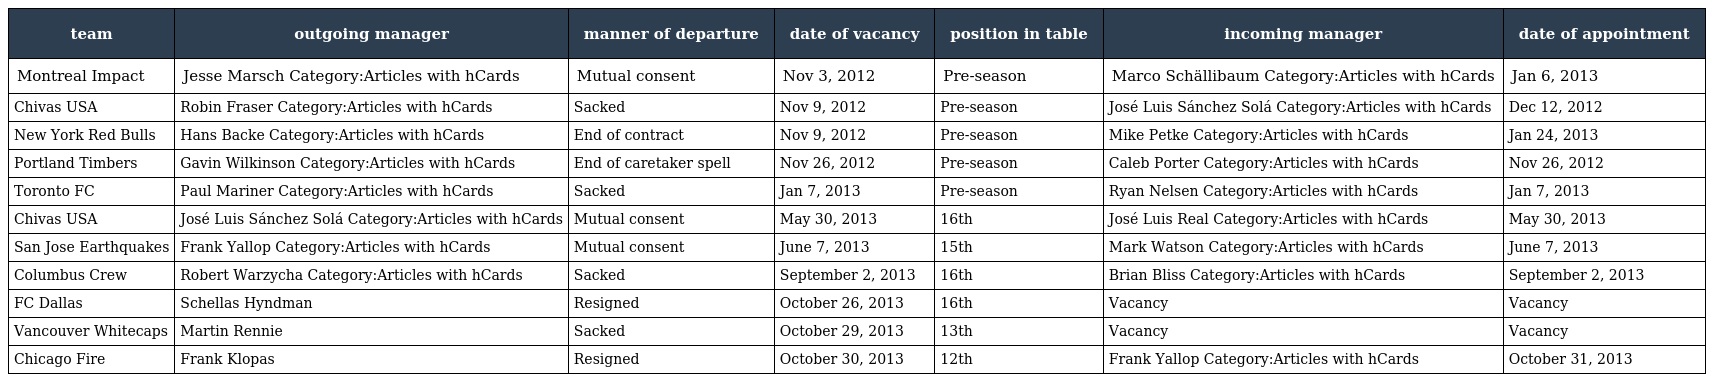
| team | outgoing manager | manner of departure | date of vacancy | position in table | incoming manager | date of appointment |
 | --- | --- | --- | --- | --- | --- | --- |
 | Montreal Impact | Jesse Marsch Category:Articles with hCards | Mutual consent | Nov 3, 2012 | Pre-season | Marco Schällibaum Category:Articles with hCards | Jan 6, 2013 |
 | Chivas USA | Robin Fraser Category:Articles with hCards | Sacked | Nov 9, 2012 | Pre-season | José Luis Sánchez Solá Category:Articles with hCards | Dec 12, 2012 |
 | New York Red Bulls | Hans Backe Category:Articles with hCards | End of contract | Nov 9, 2012 | Pre-season | Mike Petke Category:Articles with hCards | Jan 24, 2013 |
 | Portland Timbers | Gavin Wilkinson Category:Articles with hCards | End of caretaker spell | Nov 26, 2012 | Pre-season | Caleb Porter Category:Articles with hCards | Nov 26, 2012 |
 | Toronto FC | Paul Mariner Category:Articles with hCards | Sacked | Jan 7, 2013 | Pre-season | Ryan Nelsen Category:Articles with hCards | Jan 7, 2013 |
 | Chivas USA | José Luis Sánchez Solá Category:Articles with hCards | Mutual consent | May 30, 2013 | 16th | José Luis Real Category:Articles with hCards | May 30, 2013 |
 | San Jose Earthquakes | Frank Yallop Category:Articles with hCards | Mutual consent | June 7, 2013 | 15th | Mark Watson Category:Articles with hCards | June 7, 2013 |
 | Columbus Crew | Robert Warzycha Category:Articles with hCards | Sacked | September 2, 2013 | 16th | Brian Bliss Category:Articles with hCards | September 2, 2013 |
 | FC Dallas | Schellas Hyndman | Resigned | October 26, 2013 | 16th | Vacancy | Vacancy |
 | Vancouver Whitecaps | Martin Rennie | Sacked | October 29, 2013 | 13th | Vacancy | Vacancy |
 | Chicago Fire | Frank Klopas | Resigned | October 30, 2013 | 12th | Frank Yallop Category:Articles with hCards | October 31, 2013 |